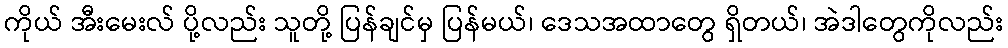
ကိုယ် အီးမေးလ် ပို့လည်း သူတို့ ပြန်ချင်မှ ပြန်မယ်၊ ဒေသအထာတွေ ရှိတယ်၊ အဲဒါတွေကိုလည်း